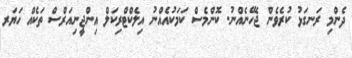
ދެންމި ރަނގަޅު ކުރެވެން ޖެހޭނެއްނު. ކޮންމެސް ކަމަކުއެއްނު އިލެކްޓްރިކަލް އިންޖީނިއަރްސް ތަކެއް ހަޔަރ